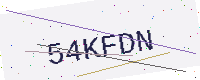
Text: 54KFDN